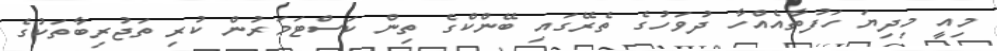
މިއީ މިދިޔަ ހަފުތާއެއްހާ ދުވަހުގެ ތެރޭގައި ބޭންކްގެ ތިން ކަސްޓަމަރުން ކުރި ތަޖުރިބާތަކުގެ